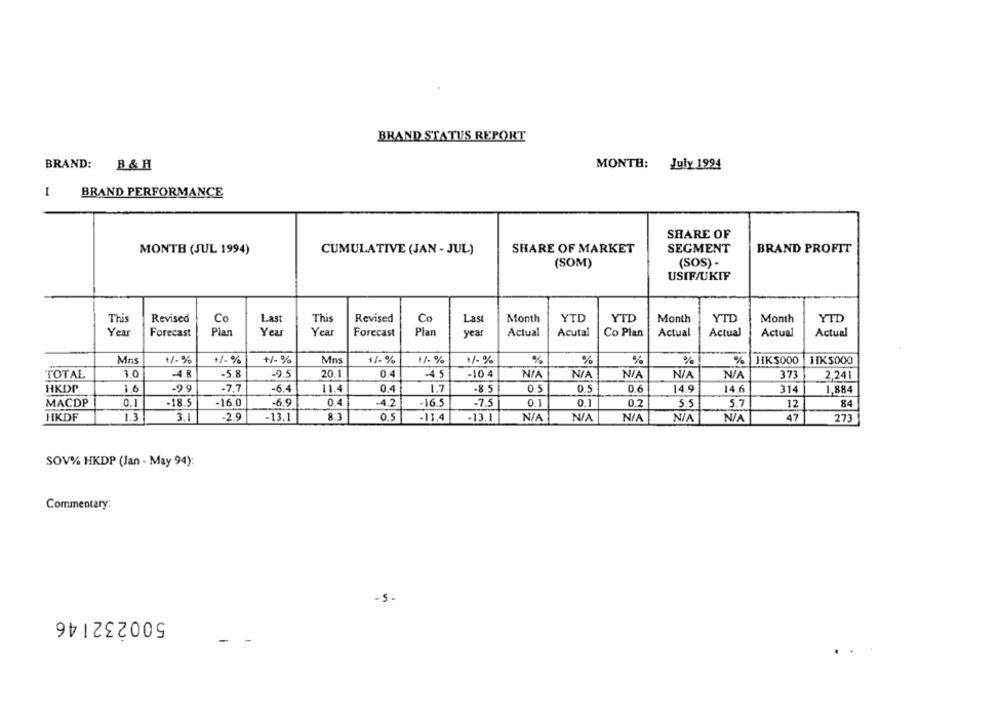
BRAND STATUS REPORT
BRAND: B & H
MONTH: July 1994
I
BRAND PERFORMANCE
SHARE OF
MONTH (JUL 1994)
CUMULATIVE (JAN - JUL)
SHARE OF MARKET
SEGMENT
BRAND PROFIT
(SOM)
(SOS) -
USIF/UKIF
YTD
YTD
This
Revised
Co
Last
This
Revised
Las
Month
Month
YTD
Month
YTD
Year
Forecast
Plan
Year
Year
Forecast
Plan
yea
Actual
Acutal
Co Plan
Actual
Actual
Actual
Actual
Mns
+/-%
11%
+/- %
Mns
11-%
+/- %
1% %
%
%
%
%
%
HKS000
1IKS000
TOTAL
3.0
-4.8
-5.8
20.1
0.4
-10 4
373
95
-4.5
2,241
HKDP
1.6
-9.9
-7.7
-6.4
11.4
0.4
1.7
-8.5
0.5
0.6
14.9
14.6
314
1,884
MACDP
0.1
-18.5
-16.0
-6.9
0.4
-4.2
-16.5
-7.5
0.1
0.1
0.2
5.7
84
12
HIKDF
1.3
3.1
-2.9
8.1
0.5
-13.1
-11.4
-13.1
47
273
SOV% HKDP (Jan - May 94):
Commentary:
-S.
500232146
-